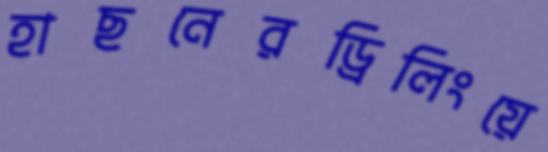
হাছনেরড্রিলিংয়ে